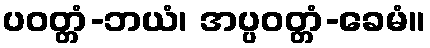
ပဝတ္တံ-ဘယံ၊ အပ္ပဝတ္တံ-ခေမံ။